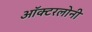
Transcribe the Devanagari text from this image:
ऑक्टरलोनी